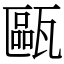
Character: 甌